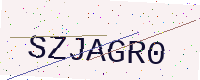
Text: SZJAGR0